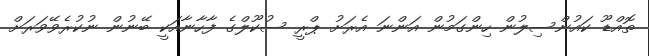
ތޮއްޑޫ ކައުންސިލުން ހިންގަމުން އަންނަ އެރަށު ޕްރީ ސުކޫލްގެ ފާހާނާއަކީ ބޭނުން ނުކުރެވޭވަރަށް